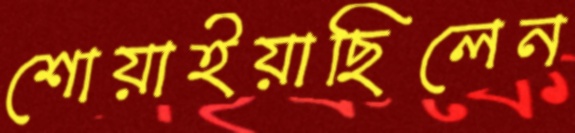
শোয়াইয়াছিলেন